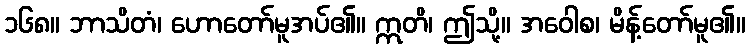
၁၆၈။ ဘာသိတံ၊ ဟောတော်မူအပ်၏။ ဣတိ၊ ဤသို့။ အဝေါစ၊ မိန့်တော်မူ၏။